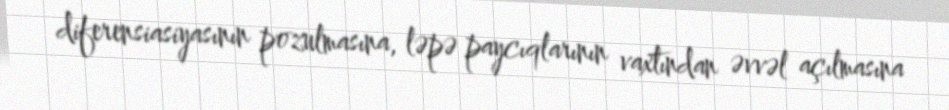
diferensiasiyasının pozulmasına, ləpə paycıqlarının vaxtından əvvəl açılmasına